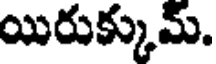
యిరుక్కుమ్.